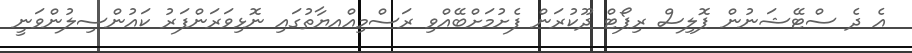
އެ ދެ ސްޓޭޝަނުން ޕޮލިސް ރިޕޯޓް ދޫކުރަން ފެށުމަށްބޭއްވި ރަސްމިއްއޔާތުގައި ނޮޅިވަރަންފަރު ކައުންސިލުންވަނީ